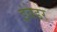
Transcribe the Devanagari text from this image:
इंवेडर